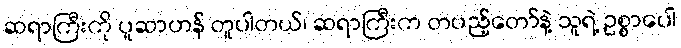
ဆရာကြီးကို ပူဆာဟန် တူပါတယ်၊ ဆရာကြီးက တပည့်တော်နဲ့ သူရဲ့ ဥစ္စာပေါ